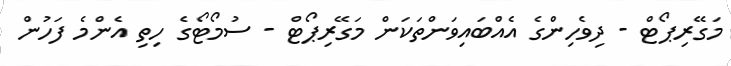
މަގޭރިޕޯޓް - ދިވެހިންގެ އެއްބައިވަންތަކަން މަގޭރިޕޯޓް - ސުމޯޓޯގެ ހިތި އެންމެ ފަހުން